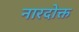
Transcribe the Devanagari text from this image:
नारदोक्त